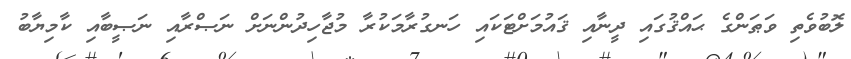
ލޮބުވެތި ވަޠަންގެ ޙައްޤުގައި ދީނާއި ޤައުމަށްޓަކައި ހަނގުރާމަކުރާ މުޖާހިދުންނަށް ނަޞްރާއި ނަޞީބާއި ކާމިޔާބު